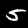
Digit: 5